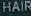
HAIR